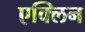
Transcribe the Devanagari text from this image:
एक्लिन